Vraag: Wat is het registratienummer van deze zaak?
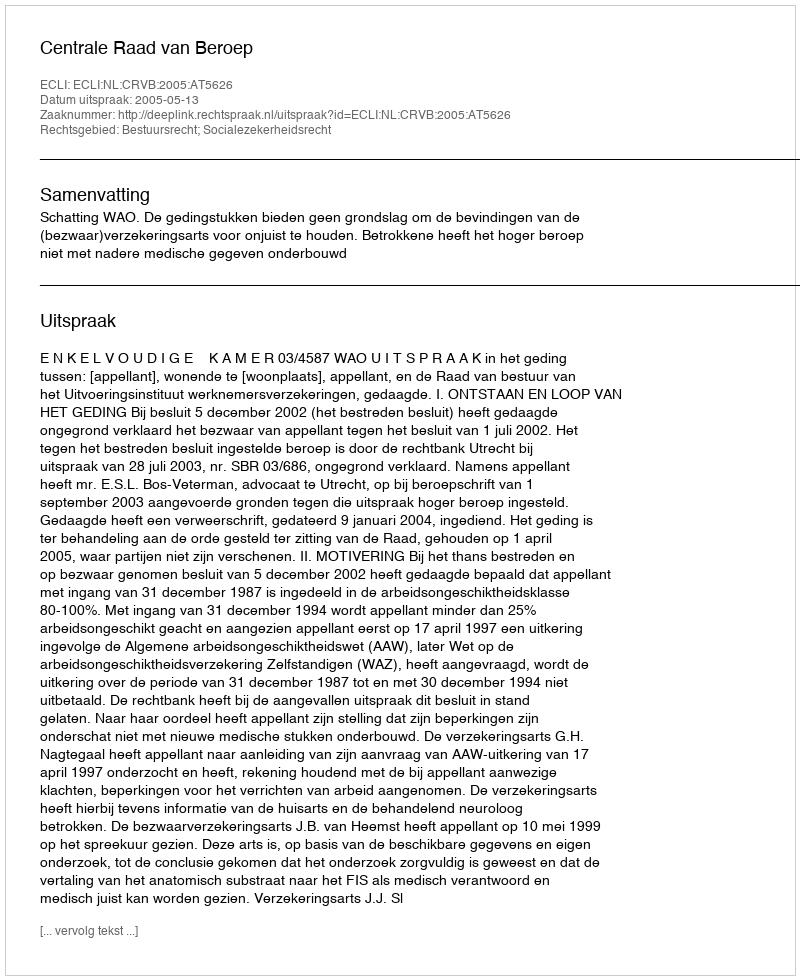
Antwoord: http://deeplink.rechtspraak.nl/uitspraak?id=ECLI:NL:CRVB:2005:AT5626